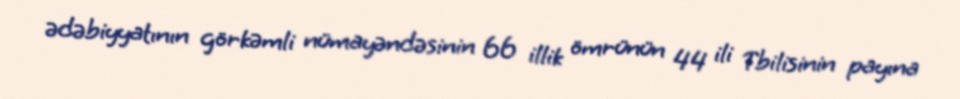
ədəbiyyatının görkəmli nümayəndəsinin 66 illik ömrünün 44 ili Tbilisinin payına